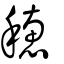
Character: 鏸